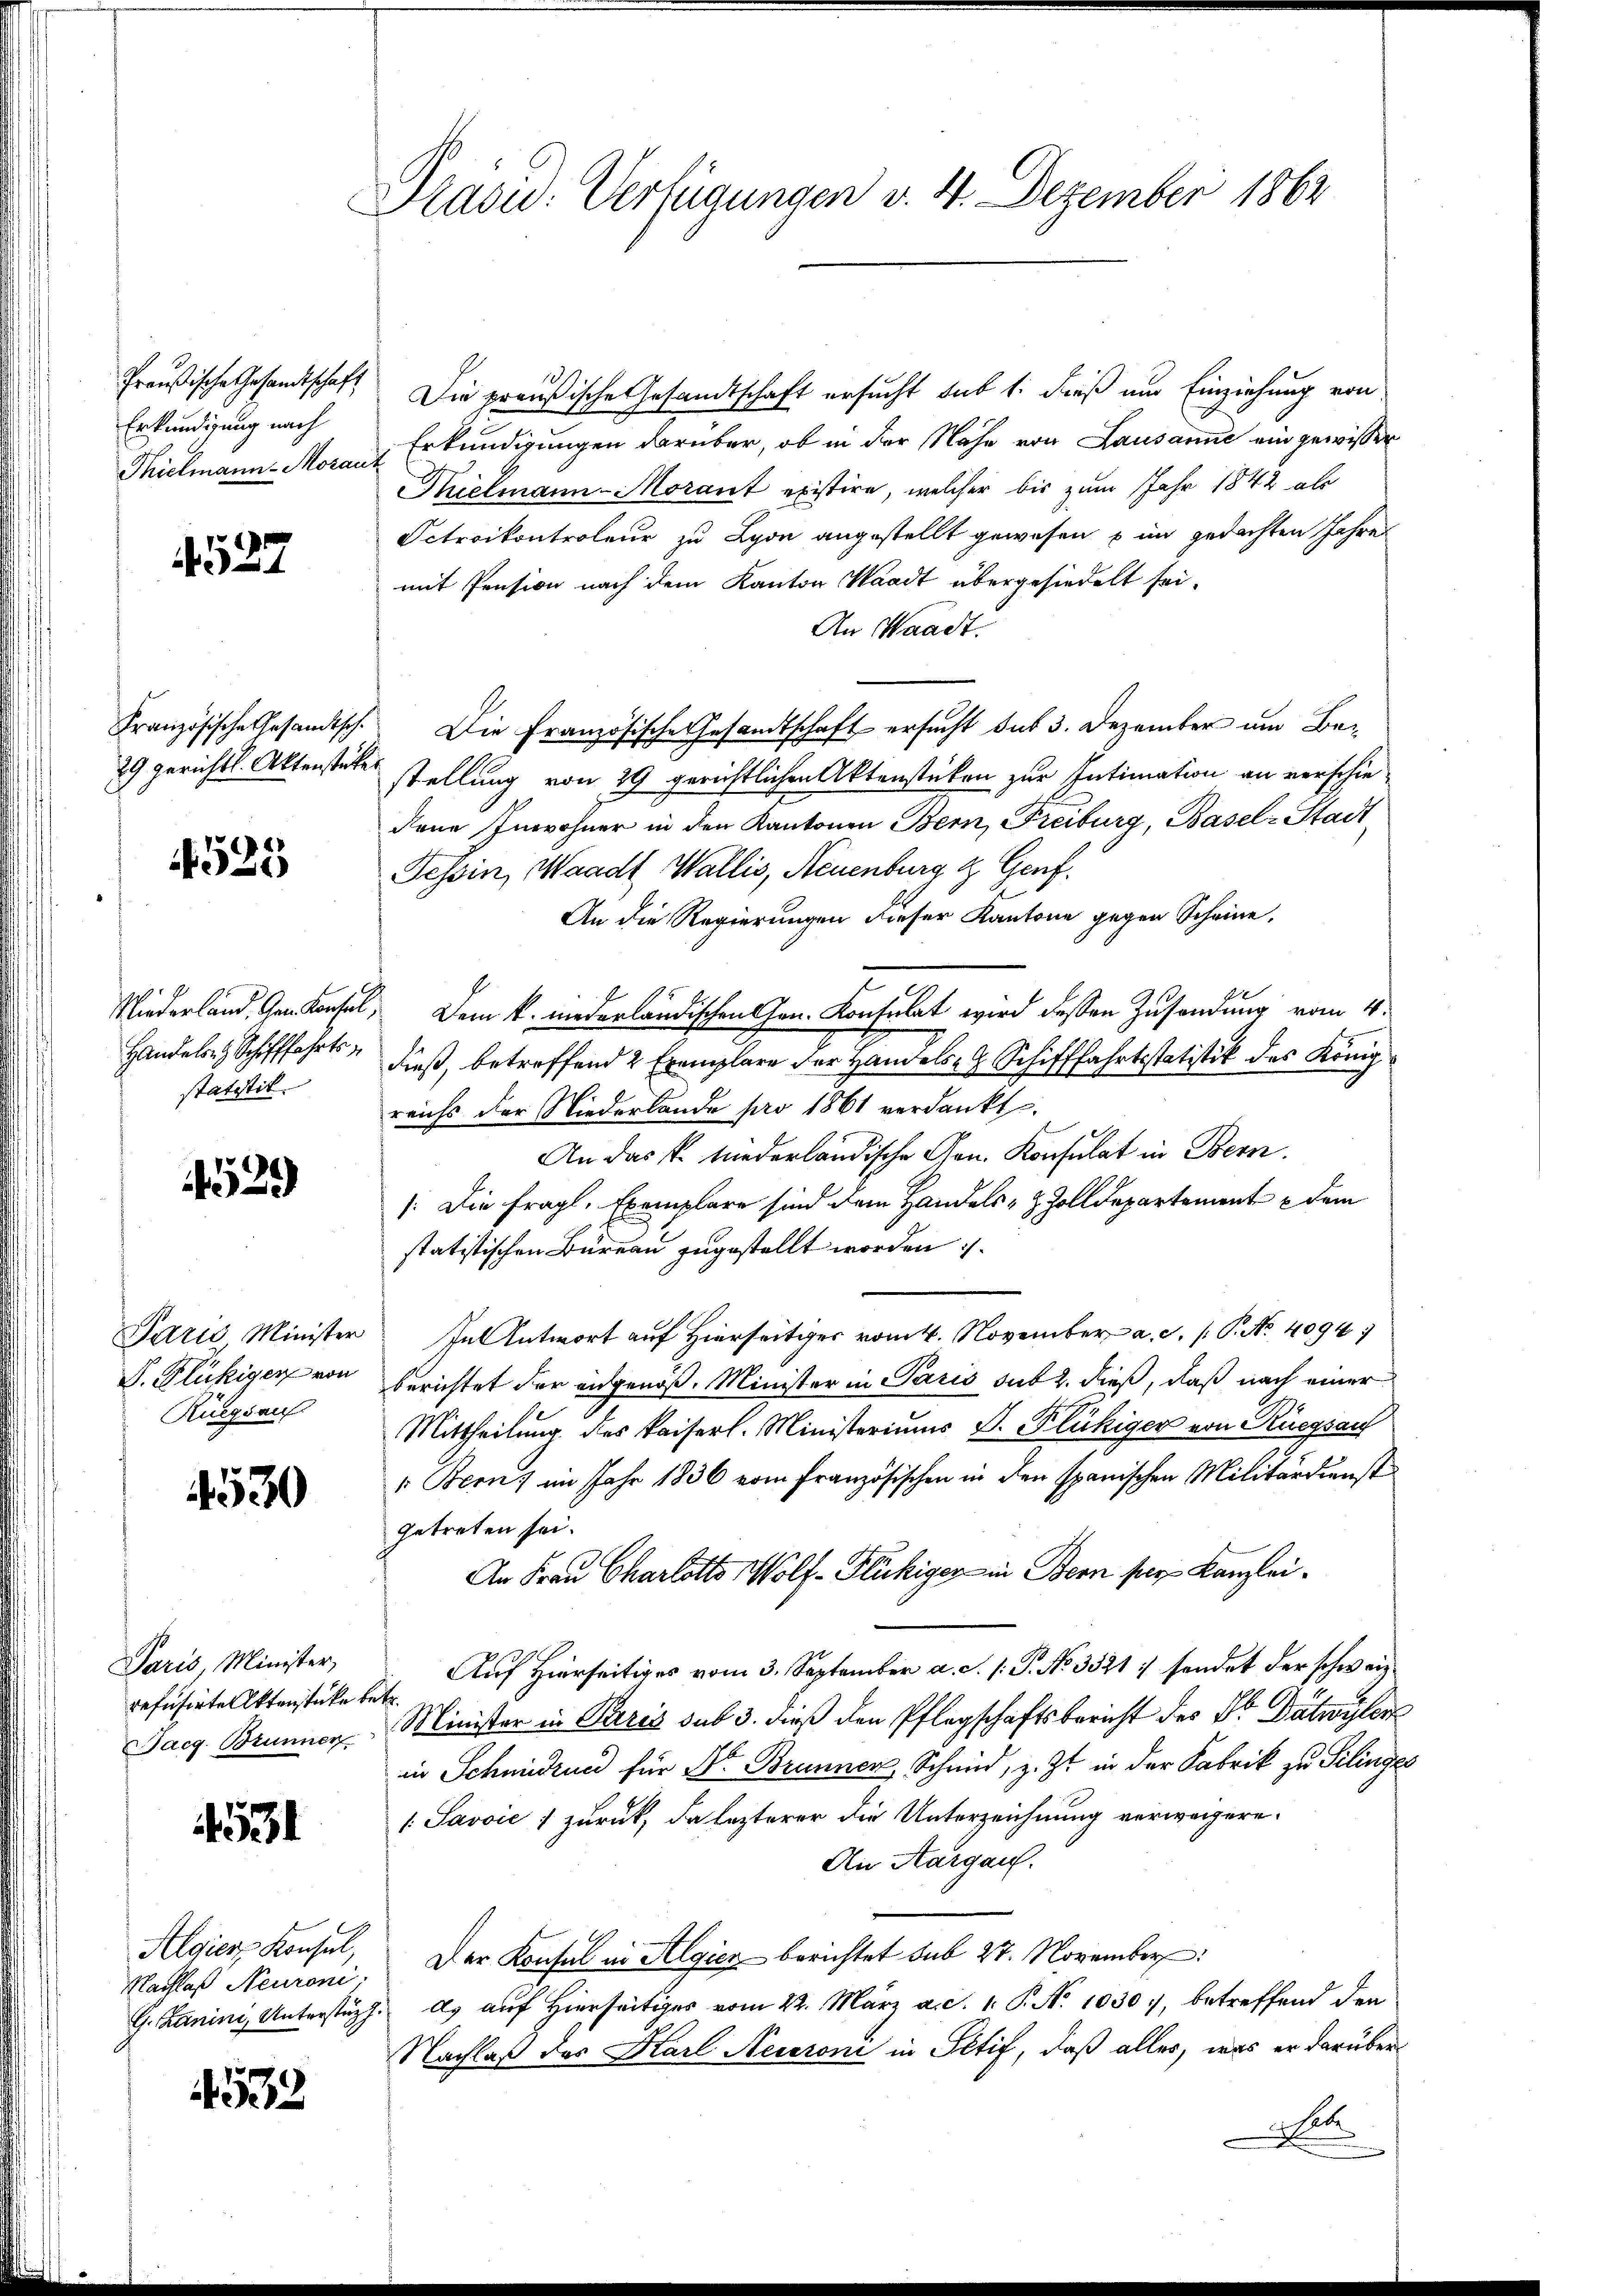
Erkundigung nach

527

29 gerichtl. Aktenstei

4525

statistik.

29

D. Flückigen von
Rüegsauf

4530

Paris, Minister,
refüsirte Aktenstücke betr.

531

Nachlaß Neuroni.

52

Präsid. Verfügungen v. 4. Dezember 1864

Preußische Gesandtschaft Die preußische Gesandtschaft ersucht sub 1. dieß um Einziehung von
Thielmann Moran Erkundigungen darüber, ob in der Nähe von Lausanne ein gewisser
Thielmann - Morant existire, welcher bis zum Jahr 1842 als
Sctroikontroleur zu Lyon angestellt gewesen in gedachten Jahre
mit Pension nach dem Kanton Waadt übergesiedelt sei.
An Waadt.
Französische Gesandtsch. Die Französische Gesandtschaft ersucht sub 3. Dezember um Be¬
.
stellung von 29 gerichtlichen Aktenstücken zur Intimation an verschie-
dene Inwohner in den Kantonen Bern, Freiburg, Basel-Stadt¬
Tessin, Waadt Wallis, Neuenburg & Genf.
An die Regierungen dieser Kantone gegen Scheine.
Niederland. Gendantel, Dem k. niederländischen Hrn. Konsulat wird deßen Zusendung vom 4.
Handeln Schifffahrts, dieß, betreffend 2 Exemplare der Handels- Schifffahrtsstatistik des Königreichs der Niederlande pro 1861 verdankt.
An das K. Niederländische Gen. Konsulat in Bern.
/: Die fragl. Exemplare sind dem Handels- & Zolldepartement dem
statistischen Bureau zugestellt worden
Paris Minister In Antwort auf Hierseitiger vom 4. November a. c. /: P. Nr. 4094)
berichtet der eidgenöß. Minister in Paris sub 2. dieß, daß nach einer
Mittheilung des Kaiserl. Ministeriums S. Flückiger von Rüegsau
1. Berns im Jahr 1836 vom französischen in den spanischen Militärdienst
getreten sei.
An Frau Charlotts Wolf- Flückiger in Bern per Kanzlei¬
Auf Hierseitiges vom 3. September a. c. s. S. No 3321 :/ sendet der schweiz.
Jaeg. Brunnen Minister in Paris sub 3. dieß den Pflegschaftsbericht des Dr. Dätwyler
in Schmidzue für Dr Brunnen, Schmid, z. Zt. in der Fabrik zu Silinges
 Savoić zurück, da lezterer die Unterzeichnung verweigere.
An Aargau.
Algien Konsul, Der Konsul in Algien berichtet sub 27. November
G. Kanini, Unterstüzt, ds auf Hierseitiger vom 22. März a.c. 1. P. No 1030., betreffend den
Nachlaß des Karl Neueroni in Stif, daß alles, was er darüber
et